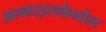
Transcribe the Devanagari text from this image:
अल्काइलफेनोल